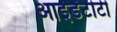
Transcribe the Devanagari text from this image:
आईडेंटीटी